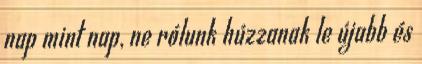
nap mint nap, ne rólunk húzzanak le újabb és